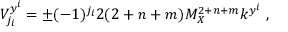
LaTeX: V _ { j _ { i } } ^ { y ^ { i } } = \pm ( - 1 ) ^ { j _ { i } } 2 ( 2 + n + m ) M _ { X } ^ { 2 + n + m } k ^ { y ^ { i } } ~ , ~ \,